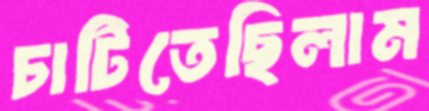
চাটিতেছিলাম